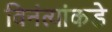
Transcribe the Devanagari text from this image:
विनंत्यांकडे